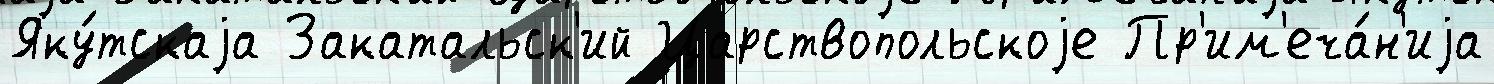
Яку́тскаjа Закатальск'ий Царствопольскоjе Пр'им'еча́н'иjа